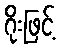
ဂိုးဖြင့်